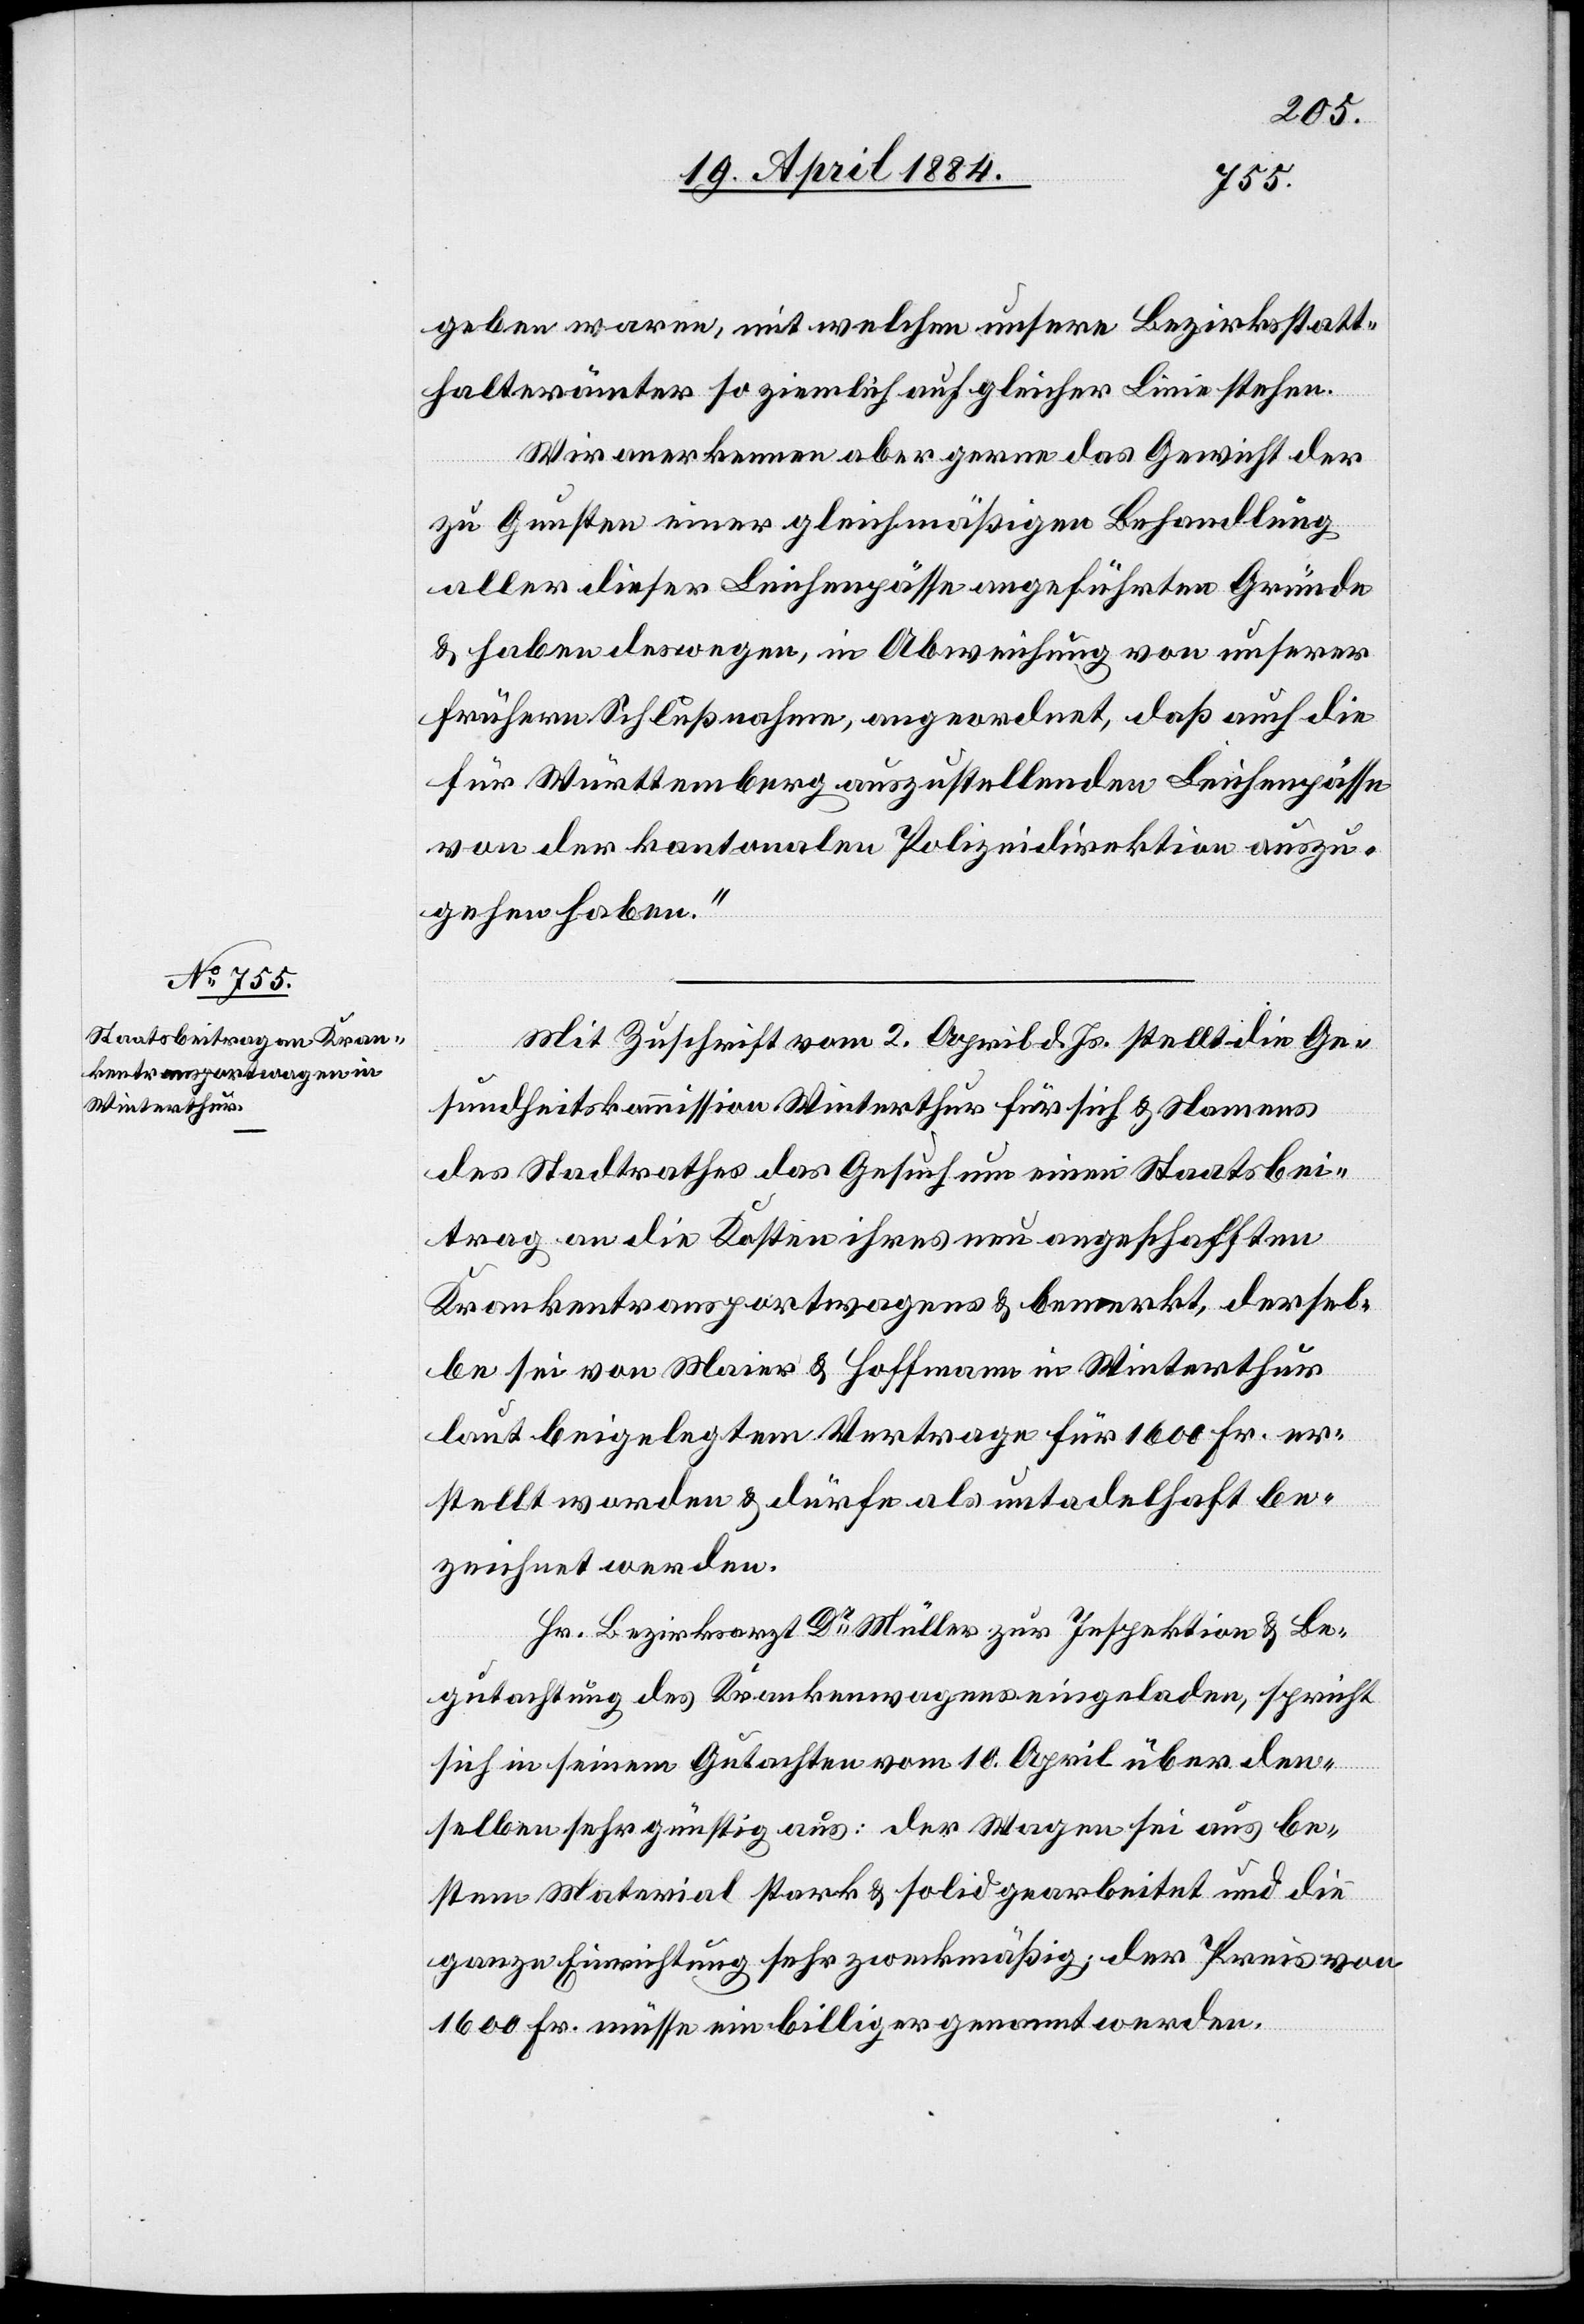
geben waren, mit welchen unsere Bezirksstatt¬
halterämter so ziemlich auf gleicher Linie stehen.
Wir anerkennen aber gerne das Gewicht der
zu Gunsten einer gleichmäßigen Behandlung
aller dieser Leichenpässe angeführten Gründe
& haben deswegen, in Abweichung von unserer
frühern Schlußnahme, angeordnet, daß auch die
für Württemberg auszustellenden Leichenpässe
von der kantonalen Polizeidirektion auszu¬
gehen haben.“
Mit Zuschrift vom 2. April d. Js. stellt die Ge¬
sundheitskommission Winterthur für sich & Namens
des Stadtrathes das Gesuch um einen Staatsbei¬
trag an die Kosten ihres neu angeschafften
Krankentransportwagens & bemerkt, dersel¬
be sei von Maier & Hoffmann in Winterthur
laut beilgelegtem Vertrage für 1600 Fr. er¬
stellt worden & dürfe als untadelhaft be¬
zeichnet werden.
Hr. Bezirksarzt Dr Müller zur Inspektion & Be¬
gutachtung des Krankenwagens eingeladen, spricht
sich in seinem Gutachten vom 10. April über den¬
selben sehr günstig aus: der Wagen sei aus be¬
stem Material stark & solid gearbeitet und die
ganze Einrichtung sehr zweckmäßig; der Preis von
1600 Fr. müsse ein billiger genannt werden.